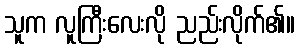
သူက လူကြီးလေးလို ညည်းလိုက်၏။